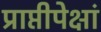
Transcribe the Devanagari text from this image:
प्राप्तीपेक्षां